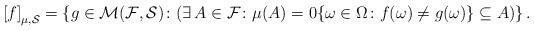
LaTeX: \begin{align*} \left[ f \right]_{ \mu, \mathcal{S} } = \left\{ g \in \mathcal{M}( \mathcal{F}, \mathcal{S} ) \colon ( \exists \, A \in \mathcal{F} \colon \mu(A) = 0 \{ \omega \in \Omega \colon f(\omega) \neq g(\omega) \} \subseteq A ) \right\} .\end{align*}